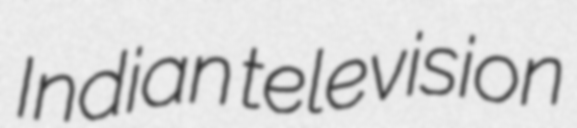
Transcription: Indian television